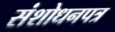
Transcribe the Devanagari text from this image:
संशोधनपत्र